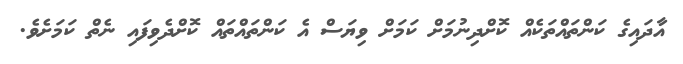
އާދައިގެ ކަންތައްތަކެއް ކޮށްދިނުމަށް ކަމަށް ވިޔަސް އެ ކަންތައްތައް ކޮށްދެވިފައި ނެތް ކަމަށެވެ.